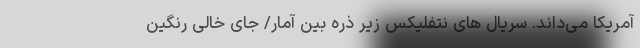
آمریکا می‌داند. سریال های نتفلیکس زیر ذره بین آمار/ جای خالی رنگین